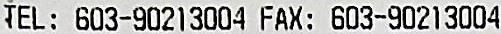
TEL: 603-90213004 FAX: 603-90213004